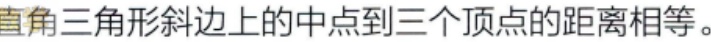
直角三角形斜边上的中点到三个顶点的距离相等。